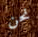
نحن